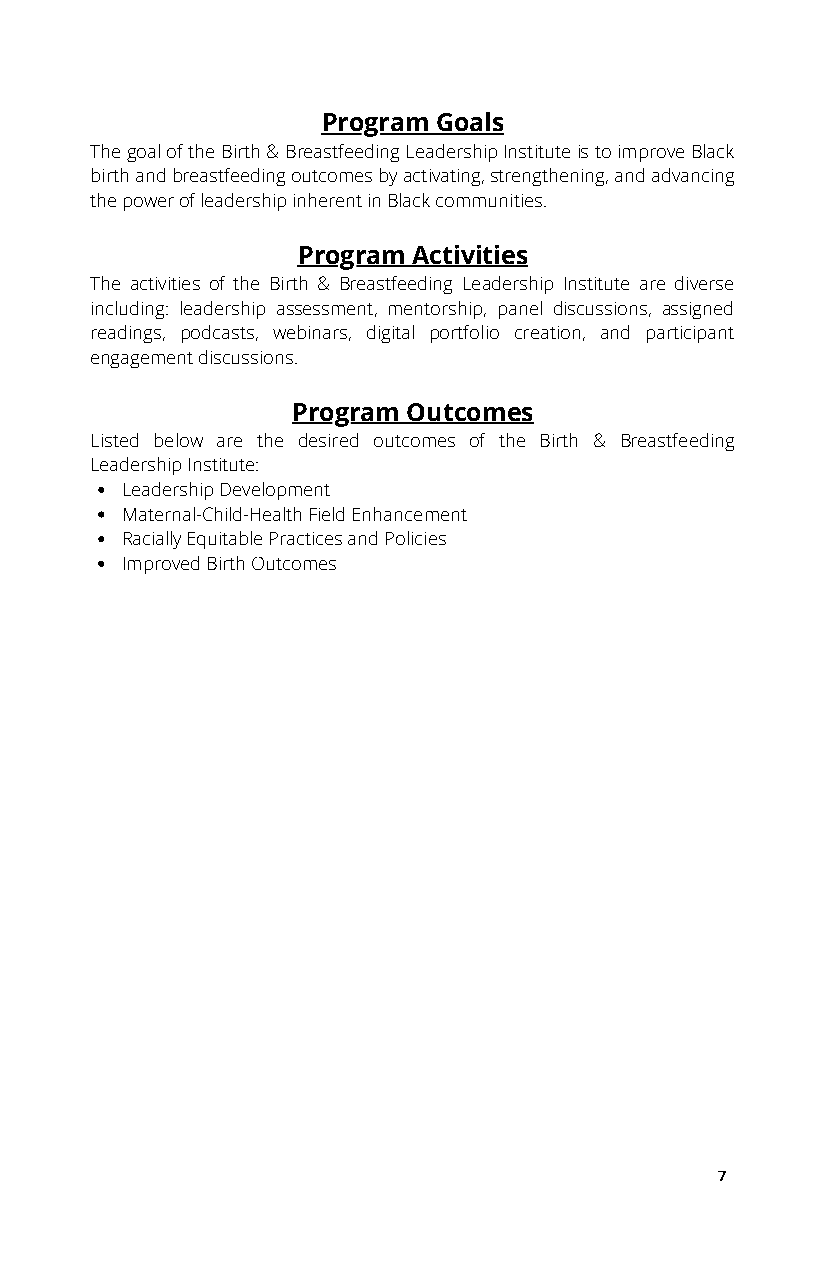
Program Goals
 The goal of the Birth & Breastfeeding Leadership Institute is to improve Black
 birth and breastfeeding outcomes by activating, strengthening, and advancing
 the power of leadership inherent in Black communities.
 Program Activities
 The activities of the Birth & Breastfeeding Leadership Institute are diverse
 including: leadership assessment, mentorship, panel discussions, assigned
 readings, podcasts, webinars, digital portfolio creation, and participant
 engagement discussions.
 Program Outcomes
 Listed below are the desired outcomes of the Birth & Breastfeeding
 Leadership Institute:
 Leadership Development
 Maternal-Child-Health Field Enhancement
 Racially Equitable Practices and Policies
 Improved Birth Outcomes
 7